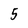
Character: 5